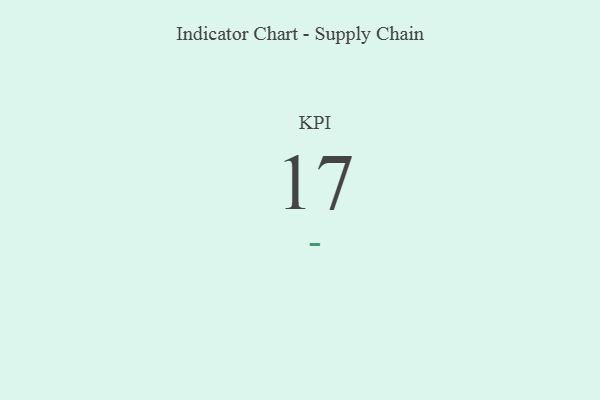
{"axis": {"x": "KPI", "y": "Value"}, "legend": [""], "data": [{"x": "KPI", "y": 17, "type": ""}]}